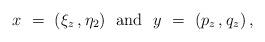
LaTeX: \begin{align*}x\ =\ (\xi_z\,, \eta_2)\ \mbox{ and }\ y\ =\ (p_z\,,q_z)\,,\end{align*}